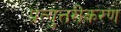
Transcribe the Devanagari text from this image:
प्रत्युत्तरीकरण